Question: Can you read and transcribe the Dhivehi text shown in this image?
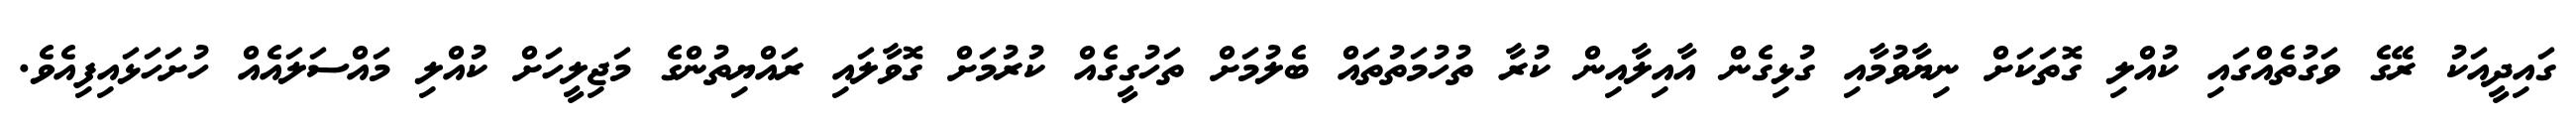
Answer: ގައިދީއަކު ރޭގެ ވަގުތެއްގައި ކުއްލި ގޮތަކަށް ނިޔާވުމާއި ގުޅިގެން އާއިލާއިން ކުރާ ތުހުމަތުތައް ބެލުމަށް ތަހުގީގެއް ކުރުމަށް ގޮވާލައި ރައްޔިތުންގެ މަޖިލީހަށް ކުއްލި މައްސަލައެއް ހުށަހަޅައިފިއެވެ.